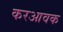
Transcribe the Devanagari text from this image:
करआवक